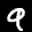
Label: 9